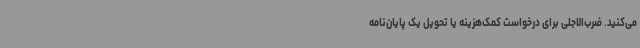
می‌کنید. ضرب‌الاجلی برای درخواست کمک‌هزینه یا تحویل یک پایان‌نامه